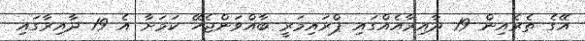
އޭގެ ތެރެއިން 19 ދާއިރާއެއްގައި ޕްރައިމަރީ ބާއްވަންޖެހޭ ކަމަށާ އެ 19 ދާއިރާގައި